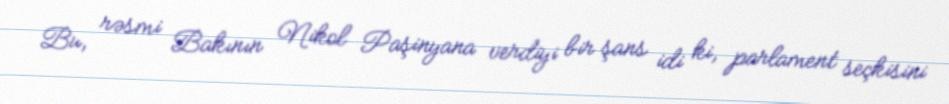
Bu, rəsmi Bakının Nikol Paşinyana verdiyi bir şans idi ki, parlament seçkisini